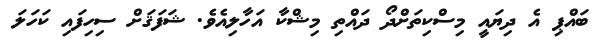
ބައްޕި އެ ދިޔައީ މިސްކިތަށްދޯ ދައްތި މިޝްކާ އަހާލިއެވެ. ޝަފަޤަށް ސިހިފައި ކަހަލަ